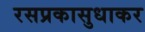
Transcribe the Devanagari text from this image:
रसप्रकासुधाकर